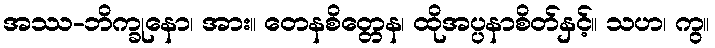
အဿ-ဘိက္ခုနော၊ အား။ တေနစိတ္တေန၊ ထိုအပ္ပနာစိတ်နှင့်။ သဟ၊ ကွ။